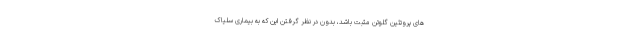
های پروتئین گلوتن مثبت باشد، بدون در نظر گرفتن این که به بیماری سلیاک